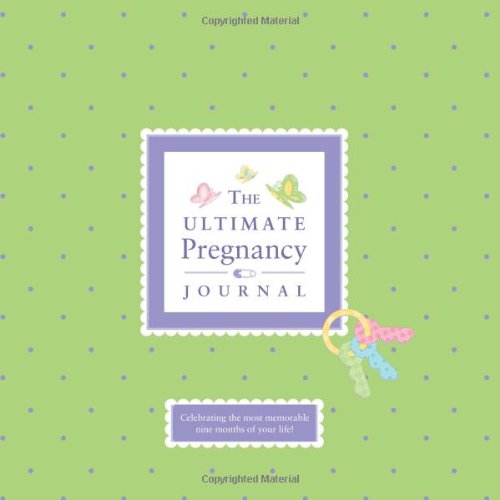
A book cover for The Ultimate Pregnancy Journal; Alex A. Lluch; Parenting & Relationships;